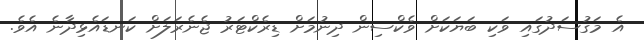
އެ މަގުސަދުގައި ވަކި ބަޔަކަށް ވެކްސިން ދިނުމަށް ޑިރެކްޓަރު ޖެނެރަލަށް ކަނޑައެޅިދާނެ އެވެ.